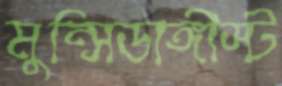
মুন্সিডাঙ্গীস্ট